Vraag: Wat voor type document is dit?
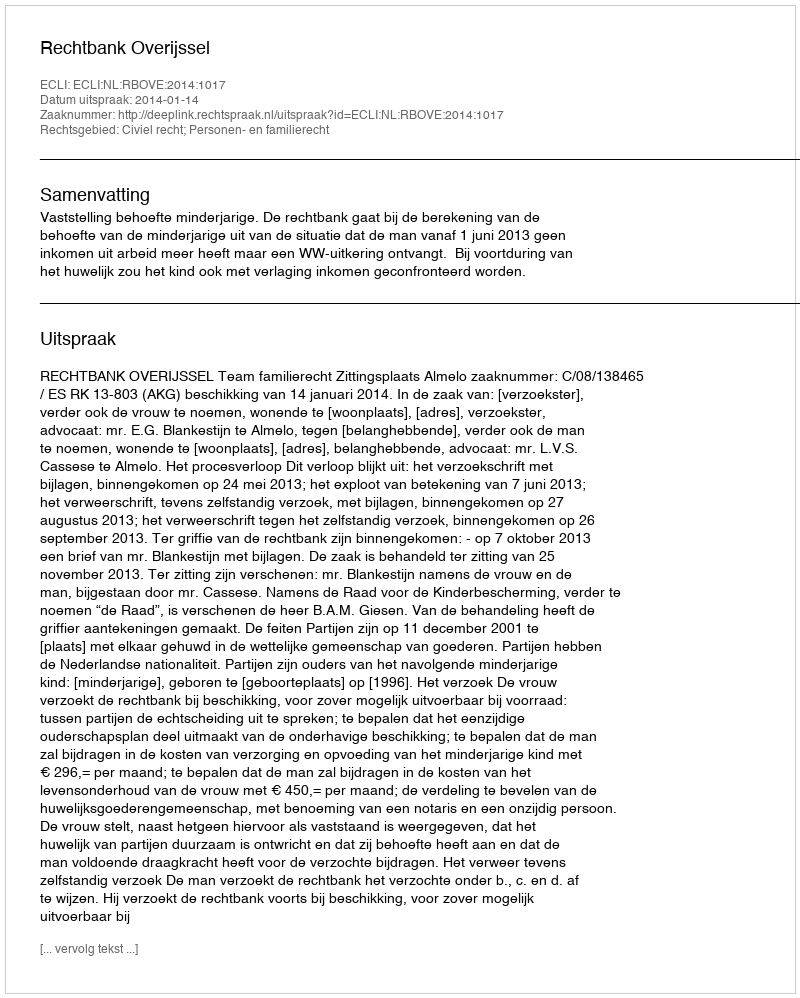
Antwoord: Uitspraak